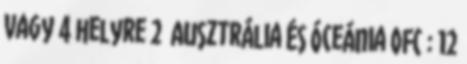
vagy 4 helyre 2 Ausztrália és Óceánia OFC : 12